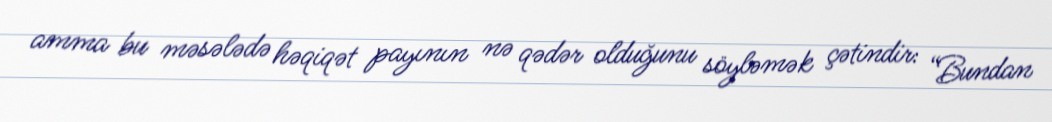
amma bu məsələdə həqiqət payının nə qədər olduğunu söyləmək çətindir: “Bundan